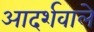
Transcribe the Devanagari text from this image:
आदर्शवाले